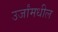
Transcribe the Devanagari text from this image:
उर्जांमधील